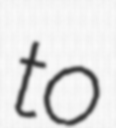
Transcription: to